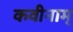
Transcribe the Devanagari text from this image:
कवीनाम्